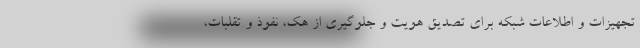
تجهیزات و اطلاعات شبکه برای تصدیق هویت و جلوگیری از هک، نفوذ و تقلبات،